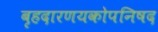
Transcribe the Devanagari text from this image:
बृहदारणयकोपनिषद